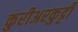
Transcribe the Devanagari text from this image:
कुरीअरकुट्टी